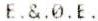
E.&.0.E.